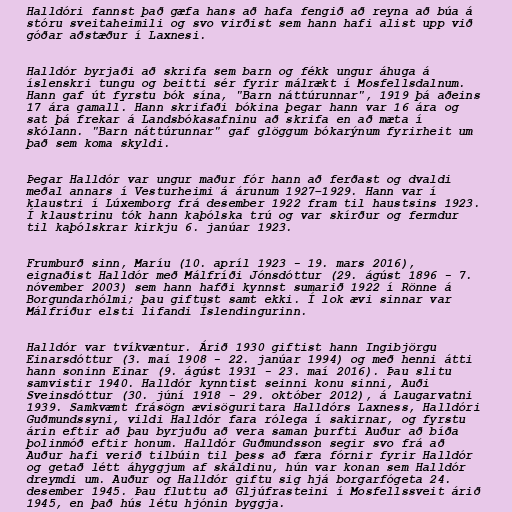
Halldóri fannst það gæfa hans að hafa fengið að reyna að búa á
stóru sveitaheimili og svo virðist sem hann hafi alist upp við
góðar aðstæður í Laxnesi.

Halldór byrjaði að skrifa sem barn og fékk ungur áhuga á
íslenskri tungu og beitti sér fyrir málrækt í Mosfellsdalnum.
Hann gaf út fyrstu bók sína, "Barn náttúrunnar", 1919 þá aðeins
17 ára gamall. Hann skrifaði bókina þegar hann var 16 ára og
sat þá frekar á Landsbókasafninu að skrifa en að mæta í
skólann. "Barn náttúrunnar" gaf glöggum bókarýnum fyrirheit um
það sem koma skyldi.

Þegar Halldór var ungur maður fór hann að ferðast og dvaldi
meðal annars í Vesturheimi á árunum 1927–1929. Hann var í
klaustri í Lúxemborg frá desember 1922 fram til haustsins 1923.
Í klaustrinu tók hann kaþólska trú og var skírður og fermdur
til kaþólskrar kirkju 6. janúar 1923.

Frumburð sinn, Maríu (10. apríl 1923 - 19. mars 2016),
eignaðist Halldór með Málfríði Jónsdóttur (29. ágúst 1896 - 7.
nóvember 2003) sem hann hafði kynnst sumarið 1922 í Rönne á
Borgundarhólmi; þau giftust samt ekki. Í lok ævi sinnar var
Málfríður elsti lifandi Íslendingurinn.

Halldór var tvíkvæntur. Árið 1930 giftist hann Ingibjörgu
Einarsdóttur (3. maí 1908 - 22. janúar 1994) og með henni átti
hann soninn Einar (9. ágúst 1931 - 23. maí 2016). Þau slitu
samvistir 1940. Halldór kynntist seinni konu sinni, Auði
Sveinsdóttur (30. júní 1918 - 29. október 2012), á Laugarvatni
1939. Samkvæmt frásögn ævisöguritara Halldórs Laxness, Halldóri
Guðmundssyni, vildi Halldór fara rólega í sakirnar, og fyrstu
árin eftir að þau byrjuðu að vera saman þurfti Auður að bíða
þolinmóð eftir honum. Halldór Guðmundsson segir svo frá að
Auður hafi verið tilbúin til þess að færa fórnir fyrir Halldór
og getað létt áhyggjum af skáldinu, hún var konan sem Halldór
dreymdi um. Auður og Halldór giftu sig hjá borgarfógeta 24.
desember 1945. Þau fluttu að Gljúfrasteini í Mosfellssveit árið
1945, en það hús létu hjónin byggja.